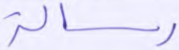
رسالة